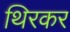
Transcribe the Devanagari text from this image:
थिरकर